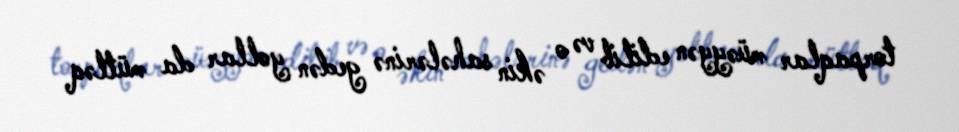
torpaqlar müəyyən edilib və o əkin sahələrinə gedən yollar da mütləq